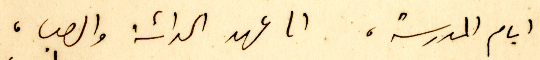
ايام المدرسة، الى عهد الحداثة والصبا،